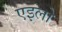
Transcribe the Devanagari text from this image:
एइलो